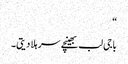
“
باجی لب بھینچے سر ہلا دیتی۔